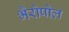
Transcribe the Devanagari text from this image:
भैरोपोल